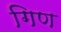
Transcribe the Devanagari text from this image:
गिण